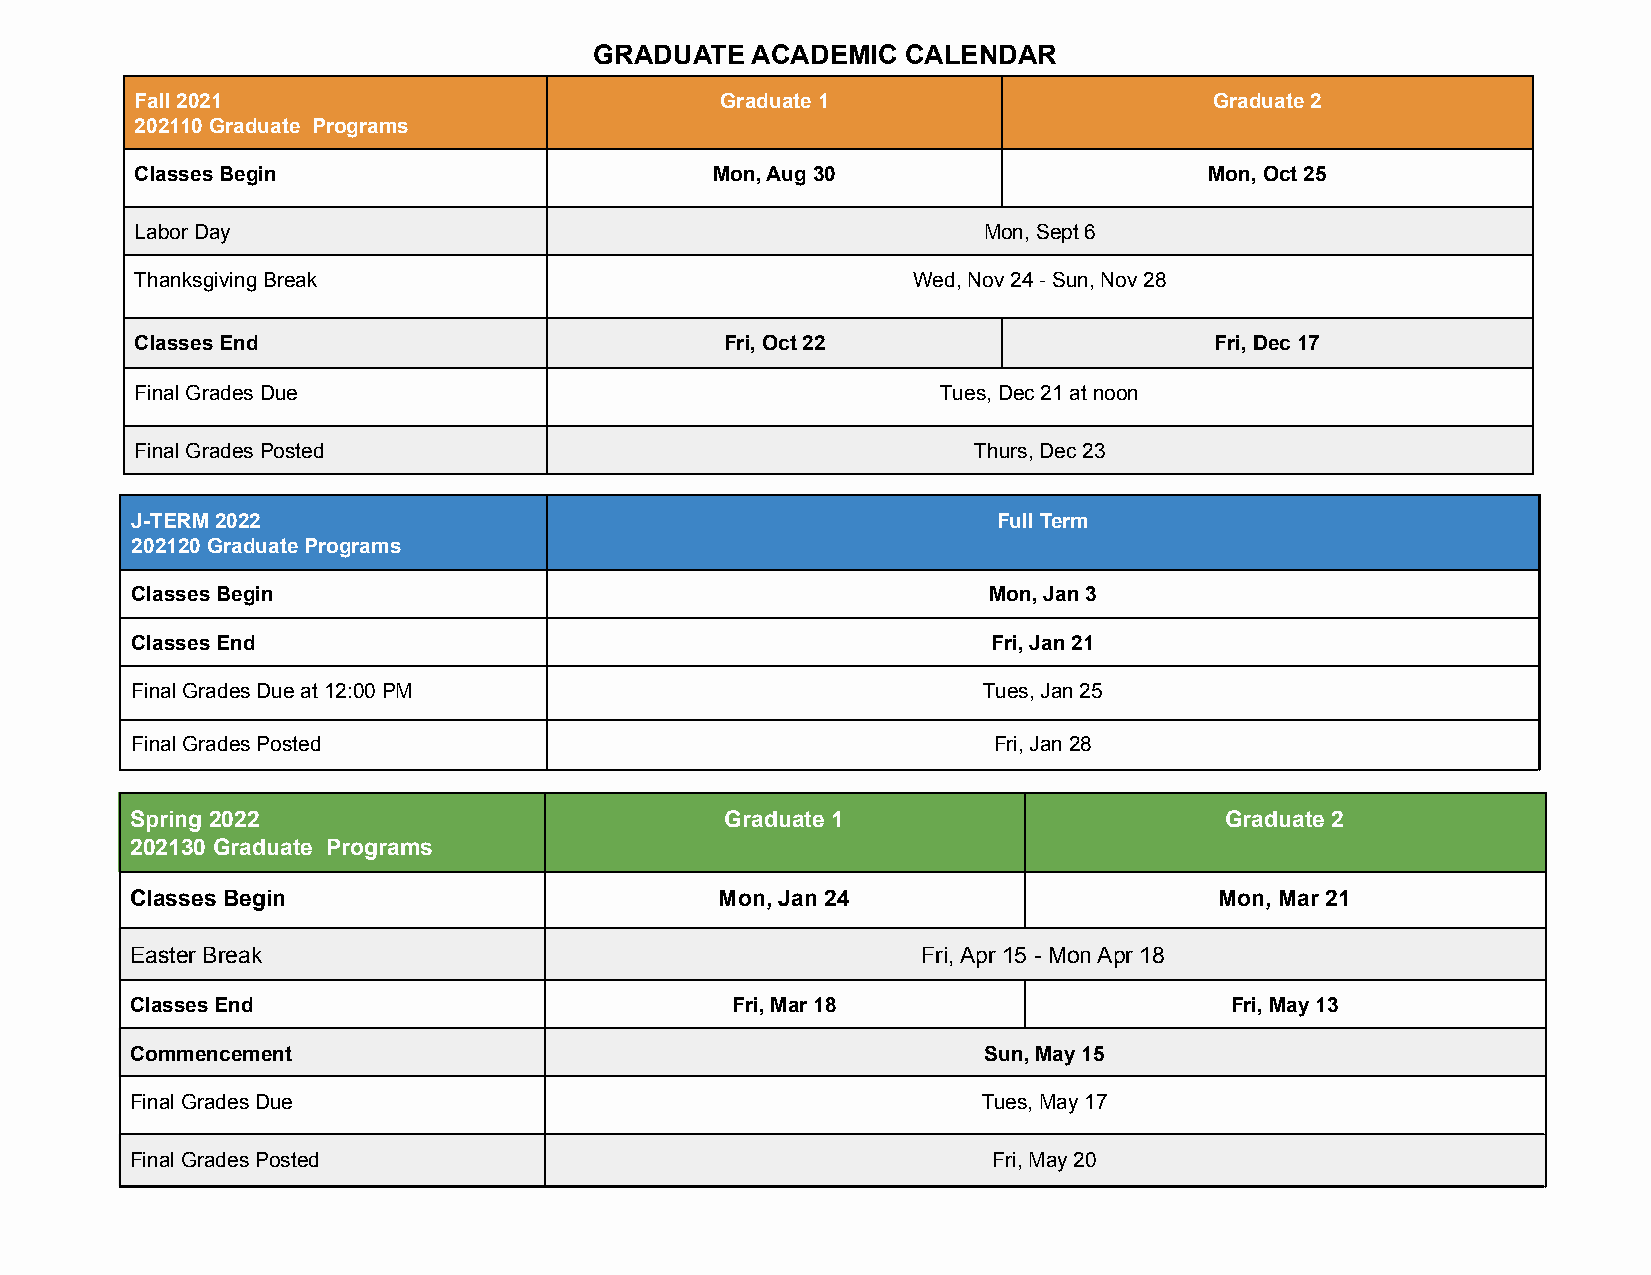
GRADUATE   ACADEMIC  CALENDAR
 Fall 2021                              Graduate 1                      Graduate 2
 202110 Graduate Programs
 Classes Begin                         Mon, Aug 30                      Mon, Oct 25
 Labor Day                                               Mon, Sept 6
 Thanksgiving Break                                 Wed, Nov 24 - Sun, Nov 28
 Classes End                            Fri, Oct 22                     Fri, Dec 17
 Final Grades Due                                     Tues, Dec 21 at noon
 Final Grades Posted                                    Thurs, Dec 23
 J-TERM 2022                                              Full Term
 202120 Graduate Programs
 Classes Begin                                           Mon, Jan 3
 Classes End                                              Fri, Jan 21
 Final Grades Due at 12:00 PM                            Tues, Jan 25
 Final Grades Posted                                      Fri, Jan 28
 Spring 2022                            Graduate 1                       Graduate 2
 202130 Graduate Programs
 Classes Begin                          Mon, Jan 24                      Mon, Mar 21
 Easter Break                                        Fri, Apr 15 - Mon Apr 18
 Classes End                            Fri, Mar 18                      Fri, May 13
 Commencement                                            Sun, May 15
 Final Grades Due                                        Tues, May 17
 Final Grades Posted                                      Fri, May 20